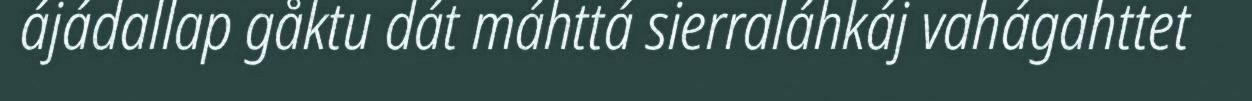
ájádallap gåktu dát máhttá sierraláhkáj vahágahttet